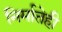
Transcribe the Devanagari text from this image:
निर्मातेही